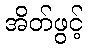
အိတ်ဖွင့်